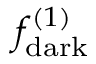
f _ { \mathrm { d a r k } } ^ { ( 1 ) }